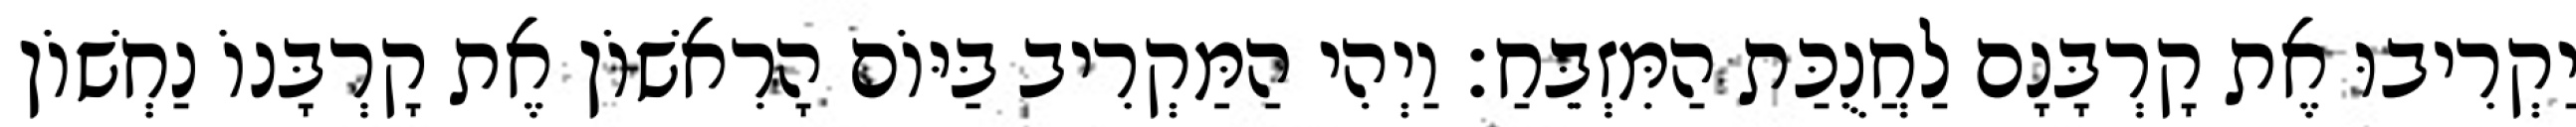
יַקְרִיבוּ אֶת קָרְבָּנָם לַחֲנֻכַּת הַמִּזְבֵּחַ׃ וַיְהִי הַמַּקְרִיב בַּיּוֹם הָרִאשׁוֹן אֶת קָרְבָּנוֹ נַחְשׁוֹן